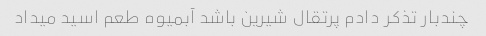
چندبار تذکر دادم پرتقال شیرین باشد آبمیوه طعم اسید میداد